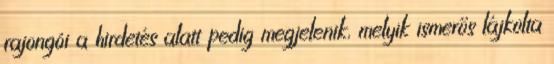
rajongói a hirdetés alatt pedig megjelenik, melyik ismerős lájkolta